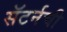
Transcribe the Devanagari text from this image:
सॅटर्नची